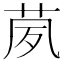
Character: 𱽢